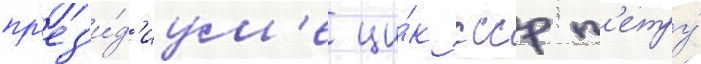
пр'ез'и́д'иум'е ци́к ссср п'етру́